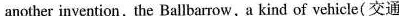
another invention, the Ballbarrow, a kind of vehicle(交通